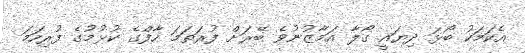
އެކަމަކު ބޯޅަ ދިޔައީ ގޯލާ އަމާޒުނުވެ ބޭރަށް ފުރަތަމަ ހާފްގެ ކުޅުމުގެ ފުރިހަމަ